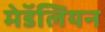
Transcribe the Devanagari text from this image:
मेडॅलियन